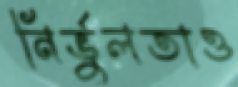
নির্ভুলতাও